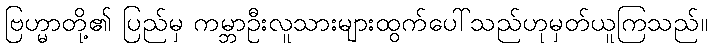
ဗြဟ္မာတို့၏ ပြည်မှ ကမ္ဘာဦးလူသားများထွက်ပေါ်သည်ဟုမှတ်ယူကြသည်။